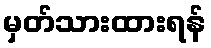
မှတ်သားထားရန်